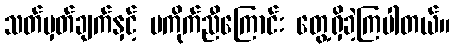
သတ်မှတ်ချက်နှင့် မကိုက်ညီကြောင်း တွေ့ရှိခဲ့ကြပါတယ်။